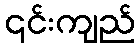
၎င်းကျည်